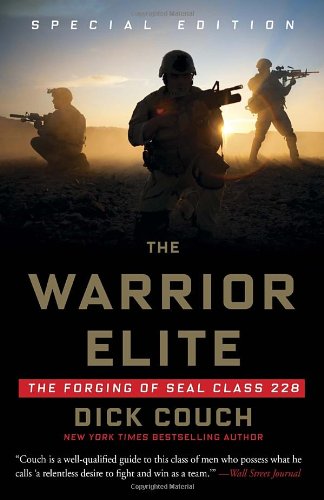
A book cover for The Warrior Elite: The Forging of SEAL Class 228; Dick Couch; History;